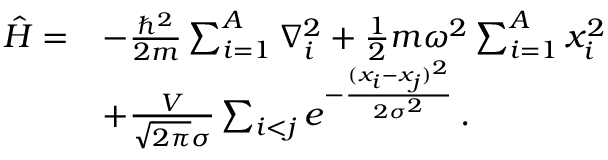
\begin{array} { r l } { \hat { H } = } & { - \frac { \hbar ^ { 2 } } { 2 m } \sum _ { i = 1 } ^ { A } \nabla _ { i } ^ { 2 } + \frac { 1 } { 2 } m \omega ^ { 2 } \sum _ { i = 1 } ^ { A } x _ { i } ^ { 2 } } \\ & { + \frac { V } { \sqrt { 2 \pi } \sigma } \sum _ { i < j } e ^ { - \frac { ( x _ { i } - x _ { j } ) ^ { 2 } } { 2 \sigma ^ { 2 } } } \, . } \end{array}